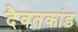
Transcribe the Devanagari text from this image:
दैवतकांड